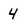
Character: 4